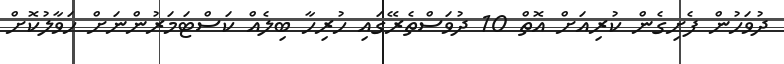
ދުވަހުން ފެށިގެން ކުރިއަށް އޮތް 10 ދުވަސްތެރޭގައި ހުރިހާ ބިލެއް ކަސްޓަމަރުުންނަށް ހަވާލުކޮށް